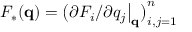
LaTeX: \textstyle F _ { * } ( \mathbf { q } ) = { \bigl ( } \partial F _ { i } / \partial q _ { j } { \bigl | } _ { \mathbf { q } } { \bigr ) } _ { i , j = 1 } ^ { n }